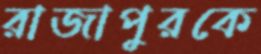
রাজাপুরকে